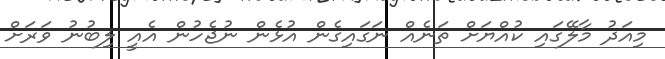
މިއަދު މާލޭގައި ކުއްޔަށް ތަނެއް ނަގައިގެން އުޅެން ނުޖެހުން އެއީ ލިބުނު ވަރަށް